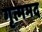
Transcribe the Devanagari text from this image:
गृत्ममद